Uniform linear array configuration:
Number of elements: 16
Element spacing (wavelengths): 0.75
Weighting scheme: uniform
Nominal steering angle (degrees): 60
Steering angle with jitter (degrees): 59.048
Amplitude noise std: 0.05
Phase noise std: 0.05

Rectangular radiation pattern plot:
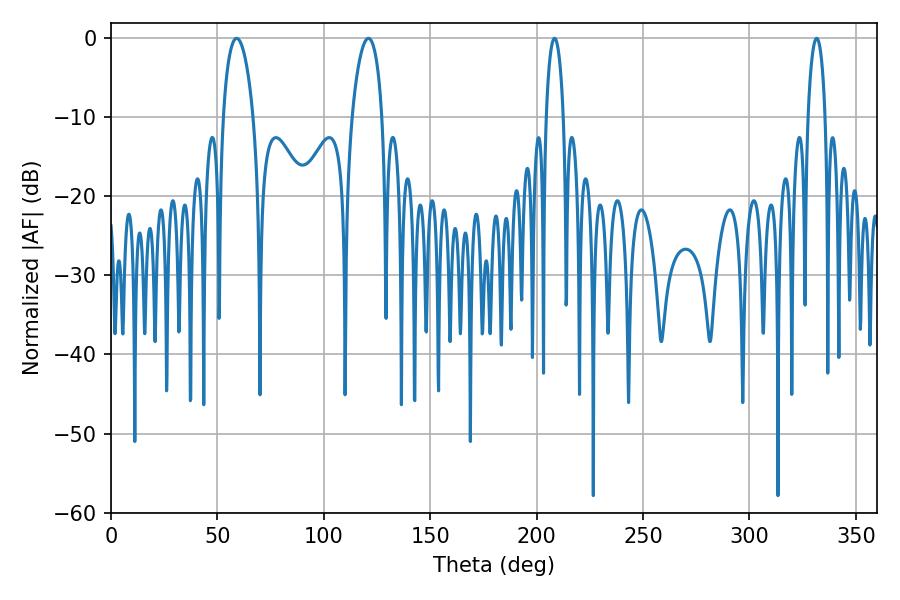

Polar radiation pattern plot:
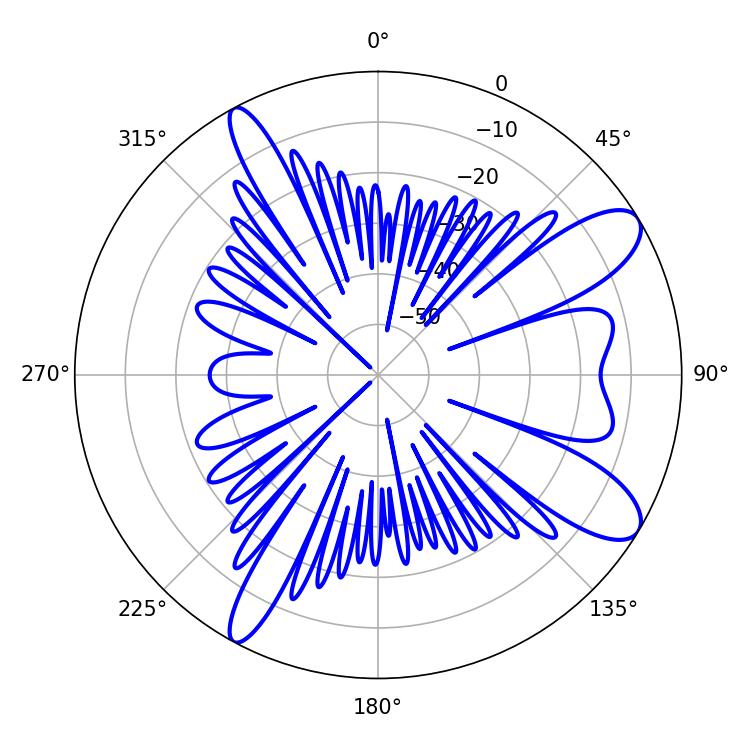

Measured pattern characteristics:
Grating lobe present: TRUE
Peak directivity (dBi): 10.155
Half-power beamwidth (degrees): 8.1
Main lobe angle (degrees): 59.04